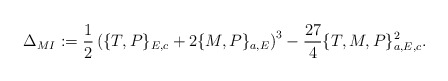
\begin{align*}\Delta_{MI}:=\frac{1}{2}\left(\{T,P\}_{E,c}+2\{M,P\}_{a,E}\right)^3-\frac{27}{4}\{T,M,P\}_{a,E,c}^2.\end{align*}